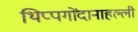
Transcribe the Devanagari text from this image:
थिप्पगोंदानाहल्ली